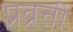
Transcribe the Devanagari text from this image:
प्रव्रत्ती